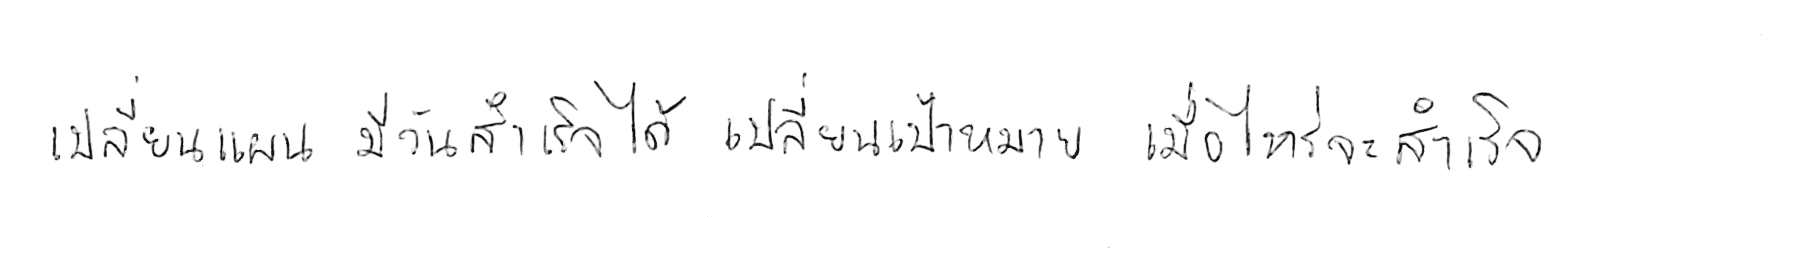
เปลี่ยนแผน มีวันสำเร็จได้ เปลี่ยนเป้าหมาย เมื่อไหร่จะสำเร็จ